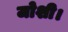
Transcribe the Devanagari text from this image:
जोशी।